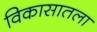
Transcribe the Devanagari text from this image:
विकासातला